system: You are a helpful assistant.
user:
Analyze the provided spectrum to determine if it is a **M-type Giant (gM)**.

A M-type Giant spectrum is defined by its **strong molecular absorption** features, particularly from **Titanium Oxide (TiO)**. You must check for one of the following mutually exclusive signatures:

- **Key Visual Indicators (Absorption-Dominated Spectrum):**

    - **(Primary):** The spectrum is dominated by strong molecular absorption from **Titanium Oxide (TiO)**. This is the **defining feature** of its M-type temperature class.
        - **(Key Bandheads):** Look for sharp, "saw-tooth" absorption valleys. The strongest are located near **~7050 Å**, **~6160 Å**, and **~5170 Å**.
        - **(Line Profile):** The "saw-tooth" morphology is critical: a **sharp, steep drop on the BLUE (short-wavelength) side** of the bandhead, followed by a gradual recovery (rising flux) towards the RED (long-wavelength) side.

    - **(Key Confirmation - Giant vs. Dwarf):** **ABSENCE** of strong **Calcium Hydride (CaH)** molecular bands. This is the primary diagnostic for *excluding* M-dwarfs.
        - **(Key Region):** The spectrum should lack the strong, broad absorption band seen in dwarfs between **~6800 Å and ~7000 Å**.

    - **(Secondary Confirmation - Giant):** A very strong and broad **Neutral Calcium (Ca I)** atomic absorption line.
        - **(Key Line):** Located at **~4226 Å**. In a giant (gM), this line is significantly deeper and broader than the same line in an M-dwarf (dM) due to low surface gravity.

    - **(Overall Spectrum):**
        - The continuum is **extremely red-sloping** (i.e., flux is very low in the blue and rises dramatically towards the red).
        - The entire spectrum appears "chopped up" by the deep TiO bands.

Think first, call **spectral_visualization_tool** if needed to examine features in detail, then provide your final answer. Your response must adhere to the following strict rules:
1.  **Overall Structure:** Your response must follow the format `<think>...</think> <tool_call>...</tool_call> (if a tool is used) <answer>...</answer>`.
2.  **Tool Usage Constraint:** You may only make **one** tool call per turn.
3.  **Final Answer Format:** In the `<answer>` tag, your conclusion must be inside a `\boxed{}` command (e.g., `\boxed{YES}` or `\boxed{NO}`), followed by your justification.

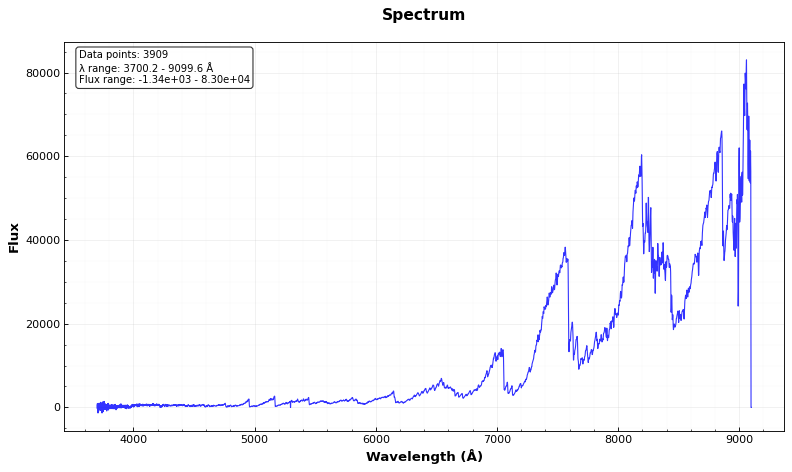
Answer: YES